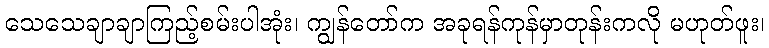
သေသေချာချာကြည့်စမ်းပါအုံး၊ ကျွန်တော်က အခုရန်ကုန်မှာတုန်းကလို မဟုတ်ဖူး၊